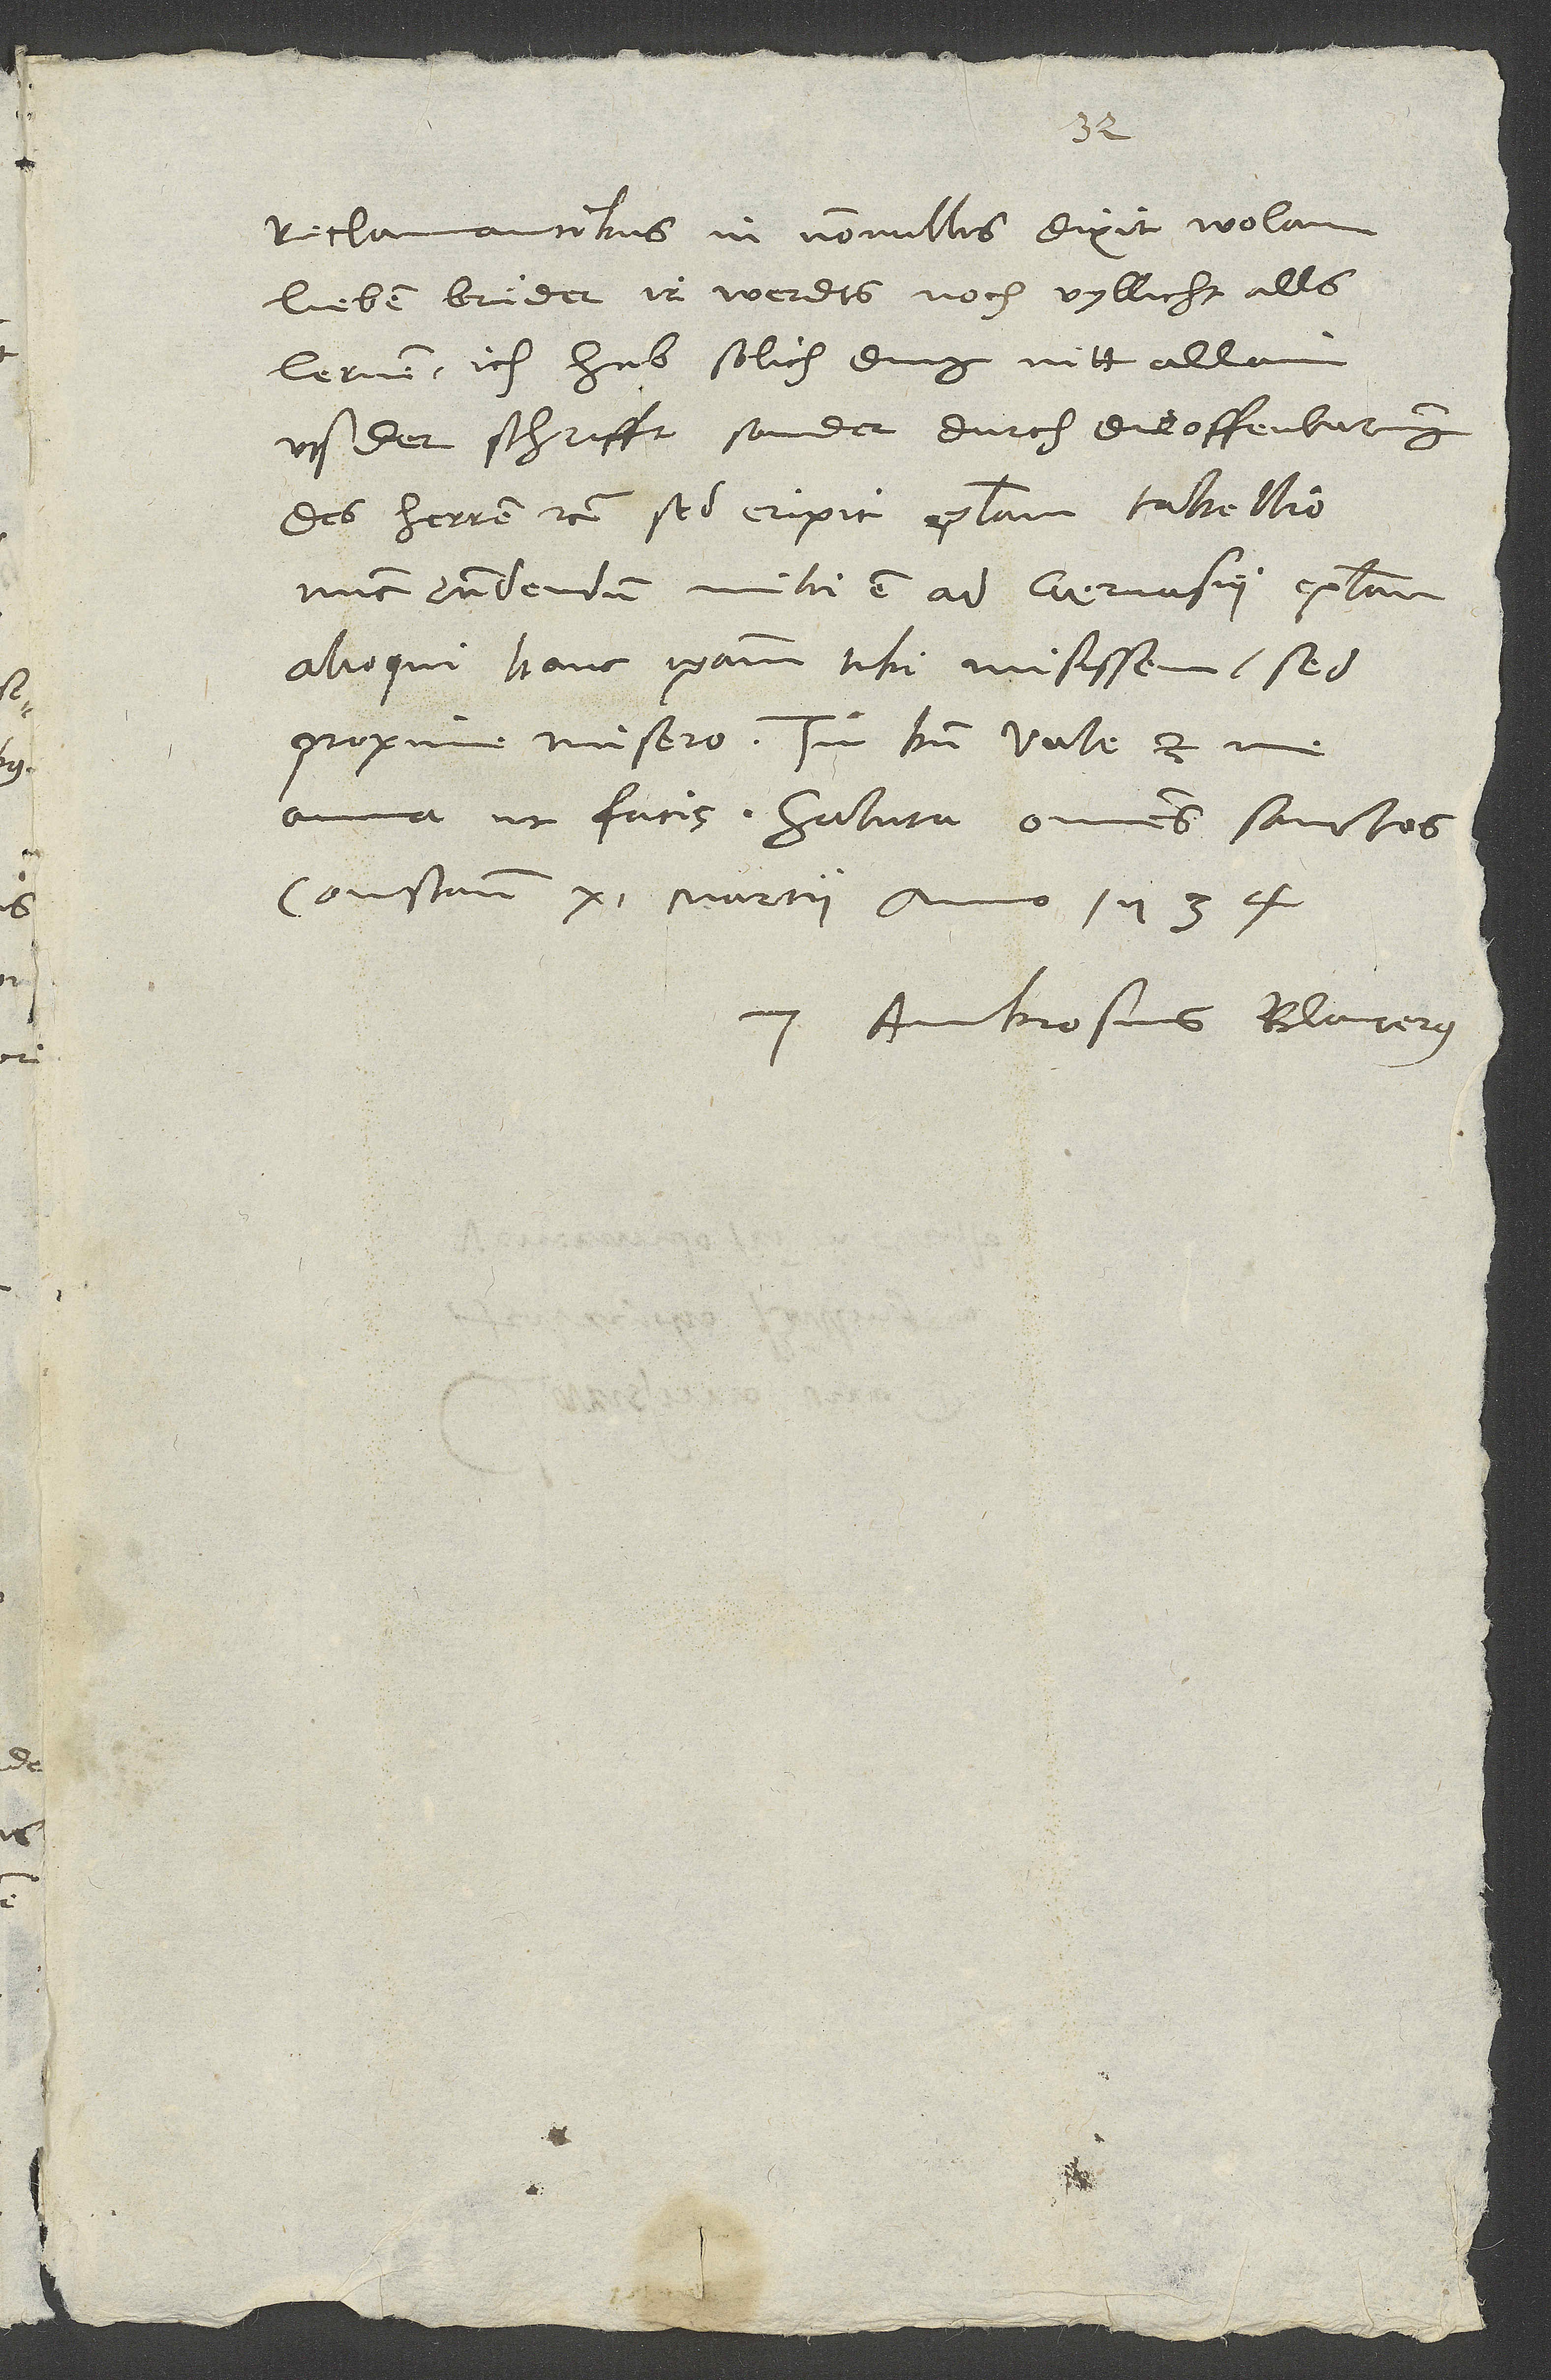
3.
Reclamantibus in nonnullis dixit: «Wolan,
lieben bruͤder, ir werdts noch vyllicht alls
lernen. Ich hab solich ding nitt allain
uss der schrifft, sonder durch die offenbarung
des herren» etc. Sed eripit epistolam tabellio.
Nunc respondendum mihi est ad Gervasii epistolam.
Alioqui hanc ipsam tibi misissem. Sed
ama, ut facis. Saluto omnes sanctos.
Constantiae, 11. martii anno 1534.
Ambrosius Blaurerus.